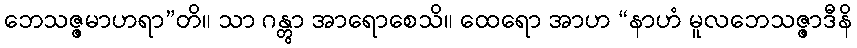
ဘေသဇ္ဇမာဟရာ”တိ။ သာ ဂန္တွာ အာရောစေသိ။ ထေရော အာဟ “နာဟံ မူလဘေသဇ္ဇာဒီနိ